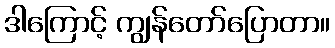
ဒါကြောင့် ကျွန်တော်ပြောတာ။